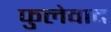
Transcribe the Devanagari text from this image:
फुलेवाद